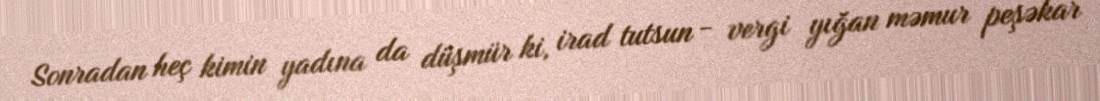
Sonradan heç kimin yadına da düşmür ki, irad tutsun - vergi yığan məmur peşəkar